Indian journal of veterinary science and animal husbandry - Volumes 15-17, 1948-1951
Year: 1948
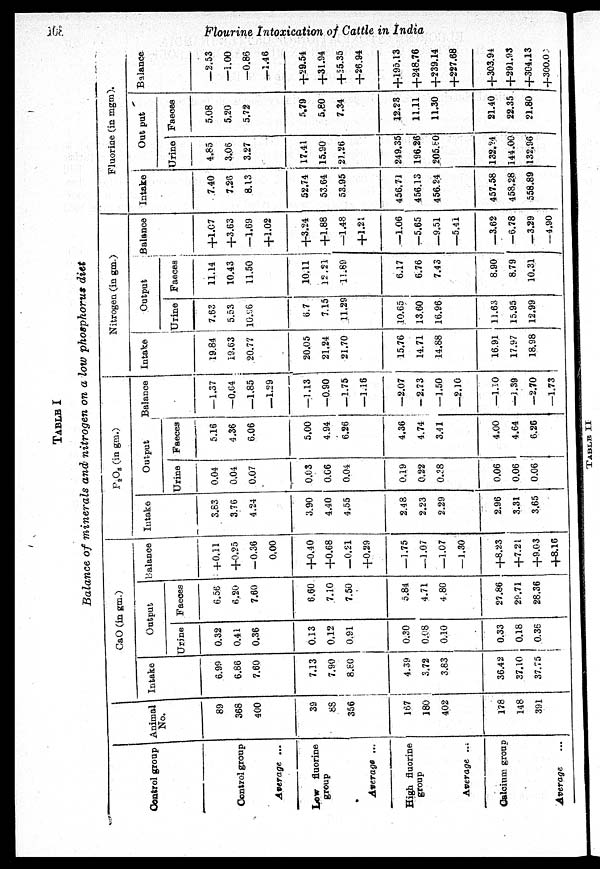
368
Flourine Intoxication of Cattle in India
TABLE I
Balance of minerals and nitrogen on a low phosphorus diet
Control group
Control group
Average ...
Low fluorine
group
Average ...
High fluorine
group
Average ...
Calcium group
Average ...
Animal 1
No.
89
368
400
39
88
356
167
180
402
178
148
391
CaO (in gm.)
Intake
6.99
6.86
7.60
7.13
7.90
8.80
4.39
3.72
3.83
36.42
37.10
37.75
Output
Urine
0.32
0.41
0.36
0.13
0.12
0.91
0.30
0.08
0.10
0.33
0.18
0.36
Faeces
6.56
6.20
7.60
6.60
7.10
7.50
5.84
4.71
4.80
27.86
29.71
28.36
Balance
+0.11
+0.25
-0.36
0.00
+0.40
+0.68
—0.21
+0.29
—1.75
—1.07
—1.07
— 1.30
+8.23
+7.21
+9.03
+8.16
P 2 O 5 (in gm.)
Intake
3.63
3.76
4.24
3.90
4.40
4.55
2.48
2.23
2.29
2.96
3.31
3.65
Output
Urine
0.04
0.04
0.07
0.03
0.06
0.04
0.19
0.22
0.28
0.06
0.06
0.06
Faeces
5.16
4.36
6.06
5.00
4.94
6.26
4.36
4.74
3.41
4.00
4.64
6.26
Balance
—1.37
—0.64
—1.85
—1.29
—1.13
—0.90
—1.75
—1.16
—2.07
—2.23
—1.50
—2.10
—1.10
—3.39
—2.70
—1.73
Nitrogen (in gm.)
Intake
19.84
19.63
20.77
20.05
21.24
21.70
15.76
14.71
14.88
16.91
17.97
18.98
Output
Urine
7.63
5.53
10.96
6.7
7.15
11.29
10.65
13.60
16.96
11.63
15.95
12.99
Faeces
11.14
10.43
11.50
10.11
-----
11.89
6.17
6.76
7.43
8.90
8.79
10.31
Balance
+1.07
+3.63
—1.69
+1.02
+3.24
+1.88
—1.48
+1.21
—1.06
—5.65
—9.51
—5.41
—3.62
—6.78
—3.29
—4.90
Fluorine (in mgm).
Intake
7.40
7.26
8.13
52.74
53.64
53.95
456.71
456.13
456.24
457.58
458.28
558.89
Out put
Urine
4.85
3.06
3.27
17.41
15.90
21.26
249.35
196.26
205.80
138.24
144.00
132.96
Faeces
5.08
5.20
5.72
5.79
5.80
7.34
12.23
11.11
11.30
21.40
22.35
21.80
Balance
—2.53
—1.00
—0.86
—1.46
+29.54
+31.94
+25.35
+26.94
+195.13
+248.76
+239.14
+227.68
+303.94
+291.93
+304.13
+300.00